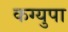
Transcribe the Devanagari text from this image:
कग्युपा